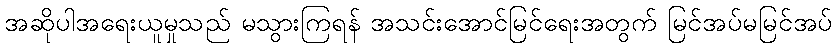
အဆိုပါအရေးယူမှုသည် မသွားကြရန် အသင်းအောင်မြင်ရေးအတွက် မြင်အပ်မမြင်အပ်